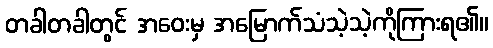
တခါတခါတွင် အဝေးမှ အမြောက်သံသဲ့သဲ့ကိုကြားရ၏။